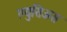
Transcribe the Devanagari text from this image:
ल्युसिअस